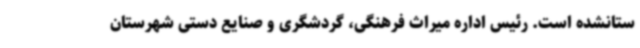
ستانشده است. رئیس اداره میراث فرهنگی، گردشگری و صنایع دستی شهرستان